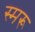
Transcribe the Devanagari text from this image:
स्मरू